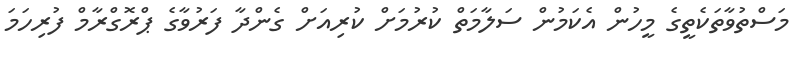
މަސްތުވާތަކެތީގެ މީހުން އެކަމުން ސަލާމަތް ކުރުމަށް ކުރިއަށް ގެންދާ ފަރުވާގެ ޕްރޮގްރާމް ފުރިހަމަ